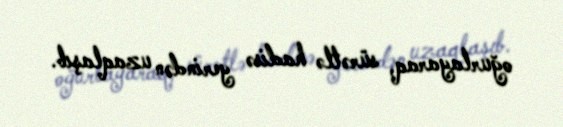
oğurlayaraq, sürətlə hadisə yerindən uzaqlaşıb.